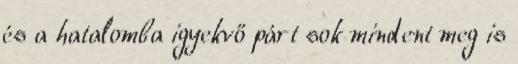
és a hatalomba igyekvő párt sok mindent meg is